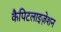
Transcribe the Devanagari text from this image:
कैपिटलाइज़ेशन